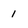
Character: 1